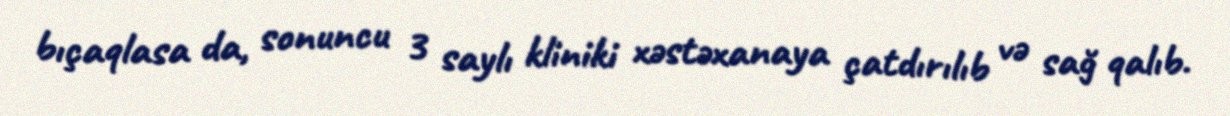
bıçaqlasa da, sonuncu 3 saylı kliniki xəstəxanaya çatdırılıb və sağ qalıb.